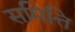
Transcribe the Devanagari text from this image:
समित्ति